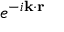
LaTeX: e ^ { - i \mathbf { k } \cdot \mathbf { r } }